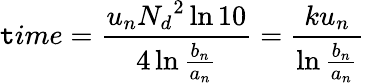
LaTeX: \mathtt{t}ime={\frac{{u_{n}{N_{d}}^{2}\ln10}}{{4\ln{\frac{{b_{n}}}{{a_{n}}}}}}}={\frac{{ku_{n}}}{{\ln{\frac{{b_{n}}}{{a_{n}}}}}}}